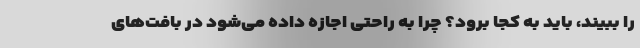
را ببیند، باید به کجا برود؟ چرا به راحتی اجازه داده می‌شود در بافت‌های